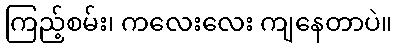
ကြည့်စမ်း၊ ကလေးလေး ကျနေတာပဲ။